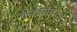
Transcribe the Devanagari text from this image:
कड्यावरचे